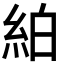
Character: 絈